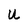
Character: U